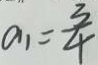
a _ { 1 } = \frac { 3 } { 4 }